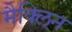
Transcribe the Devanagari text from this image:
मैक्लिन